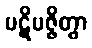
ပဋိပဇ္ဇိတွာ